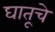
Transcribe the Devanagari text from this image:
घातूचे